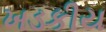
ખડકીય